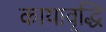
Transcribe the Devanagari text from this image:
कायावृद्धि